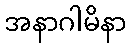
အနာဂါမိနာ